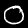
Digit: 0